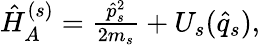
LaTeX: \begin{array}{r}{\hat{H}_{A}^{(s)}=\frac{\hat{p}_{s}^{2}}{2m_{s}}+U_{s}(\hat{q}_{s}),}\end{array}